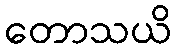
တောသယိ